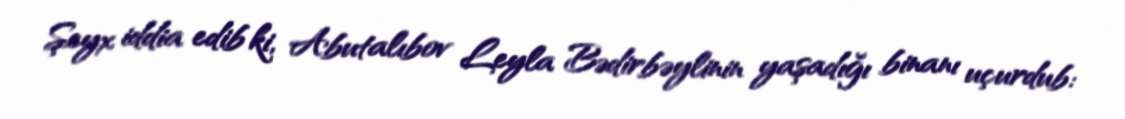
Şeyx iddia edib ki, Abutalıbov Leyla Bədirbəylinin yaşadığı binanı uçurdub: